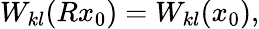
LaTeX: W_{kl}(Rx_{0})=W_{kl}(x_{0}),